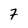
Character: 7